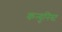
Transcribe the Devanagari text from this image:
कन्युनिस्ट